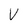
Character: V